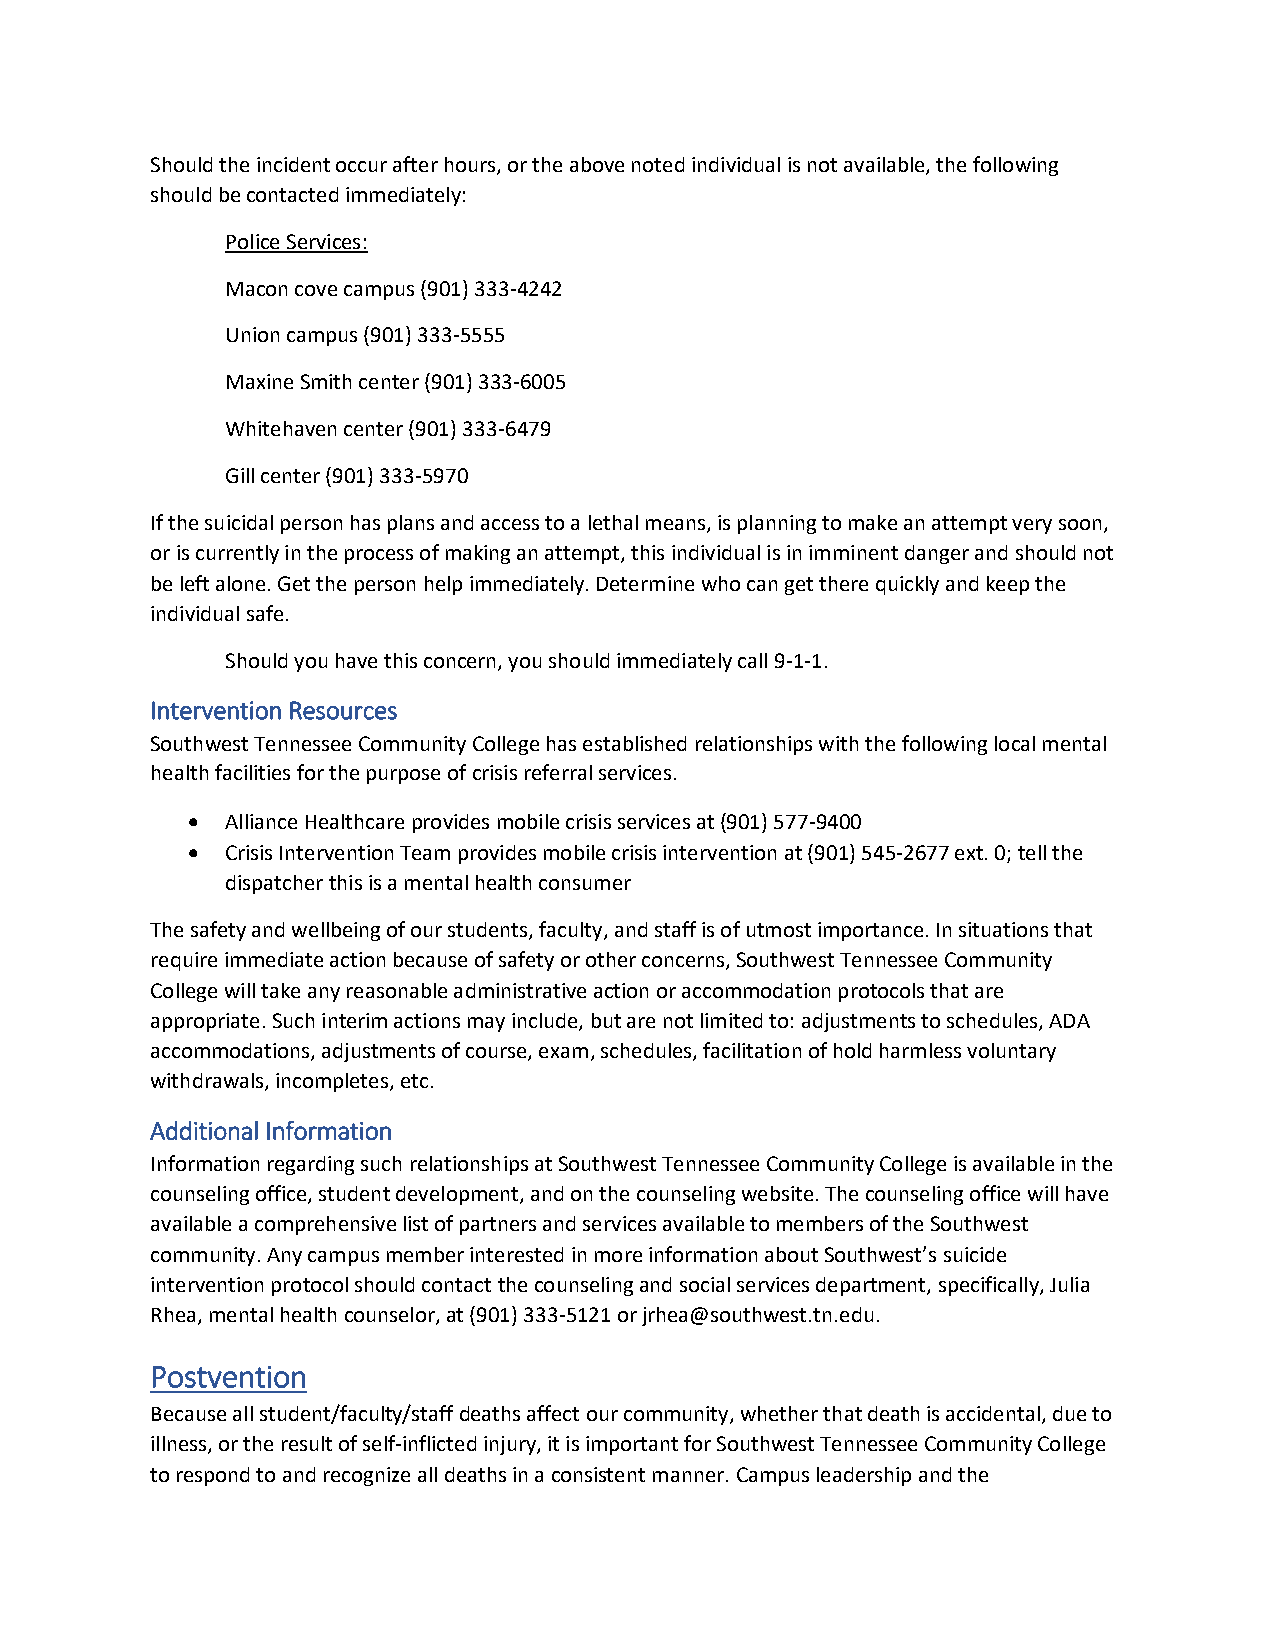
Should the incident occur after hours, or the above noted individual is not available, the following
 should be contacted immediately:
 Police Services:
 Macon cove campus (901) 333-4242
 Union campus (901) 333-5555
 Maxine Smith center (901) 333-6005
 Whitehaven center (901) 333-6479
 Gill center (901) 333-5970
 If the suicidal person has plans and access to a lethal means, is planning to make an attempt very soon,
 or is currently in the process of making an attempt, this individual is in imminent danger and should not
 be left alone. Get the person help immediately. Determine who can get there quickly and keep the
 individual safe.
 Should you have this concern, you should immediately call 9-1-1.
 Intervention Resources
 Southwest Tennessee Community College has established relationships with the following local mental
 health facilities for the purpose of crisis referral services.
   Alliance Healthcare provides mobile crisis services at (901) 577-9400
   Crisis Intervention Team provides mobile crisis intervention at (901) 545-2677 ext. 0; tell the
 dispatcher this is a mental health consumer
 The safety and wellbeing of our students, faculty, and staff is of utmost importance. In situations that
 require immediate action because of safety or other concerns, Southwest Tennessee Community
 College will take any reasonable administrative action or accommodation protocols that are
 appropriate. Such interim actions may include, but are not limited to: adjustments to schedules, ADA
 accommodations, adjustments of course, exam, schedules, facilitation of hold harmless voluntary
 withdrawals, incompletes, etc.
 Additional Information
 Information regarding such relationships at Southwest Tennessee Community College is available in the
 counseling office, student development, and on the counseling website. The counseling office will have
 available a comprehensive list of partners and services available to members of the Southwest
 community. Any campus member interested in more information about Southwest’s suicide
 intervention protocol should contact the counseling and social services department, specifically, Julia
 Rhea, mental health counselor, at (901) 333-5121 or jrhea@southwest.tn.edu.
 Postvention
 Because all student/faculty/staff deaths affect our community, whether that death is accidental, due to
 illness, or the result of self-inflicted injury, it is important for Southwest Tennessee Community College
 to respond to and recognize all deaths in a consistent manner. Campus leadership and the